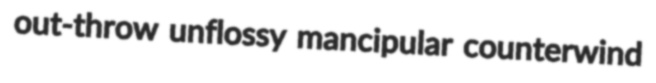
out-throw unflossy mancipular counterwind